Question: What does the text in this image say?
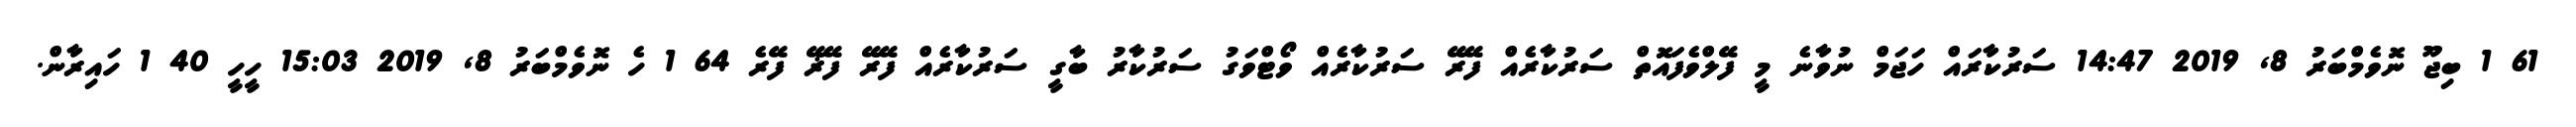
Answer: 61 1 ބިޖޫ ނޮވެމްބަރު 8, 2019 14:47 ސަރުކާރައް ހަޖަމް ނުވާނެ މީ ފޭލްވެފައޮތް ސަރުކާރެއް ފޭރޭ ސަރުކާރެއް ވޯޓްވަގު ސަރުކާރު ބާގީ ސަރުކާރެއް ފޭރޭ ފޭޜޭ ފޭރެ 64 1 ހެ ނޮވެމްބަރު 8, 2019 15:03 ހީހީ 40 1 ހައިރާން.